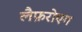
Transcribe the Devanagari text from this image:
लैफ़रोएग